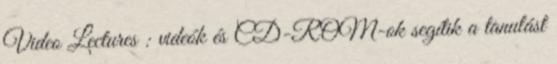
Video Lectures : videók és CD-ROM-ok segítik a tanulást